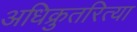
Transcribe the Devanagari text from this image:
अधिक्रुतरित्या